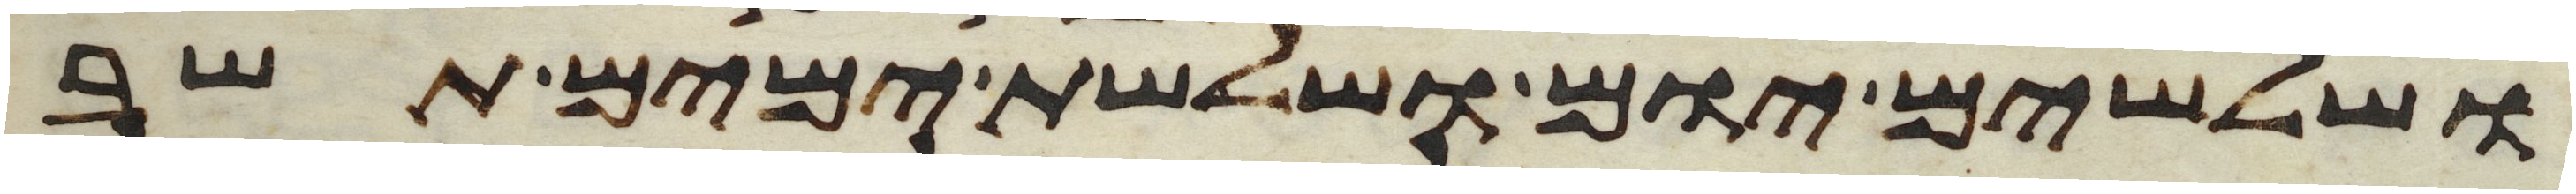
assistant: ושלשים יום ושלשת ימים תשב